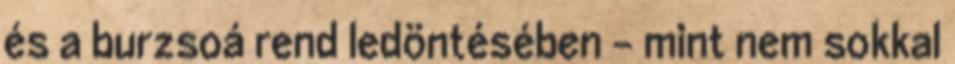
és a burzsoá rend ledöntésében – mint nem sokkal